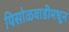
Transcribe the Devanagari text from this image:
पिसोळवाडीमधून